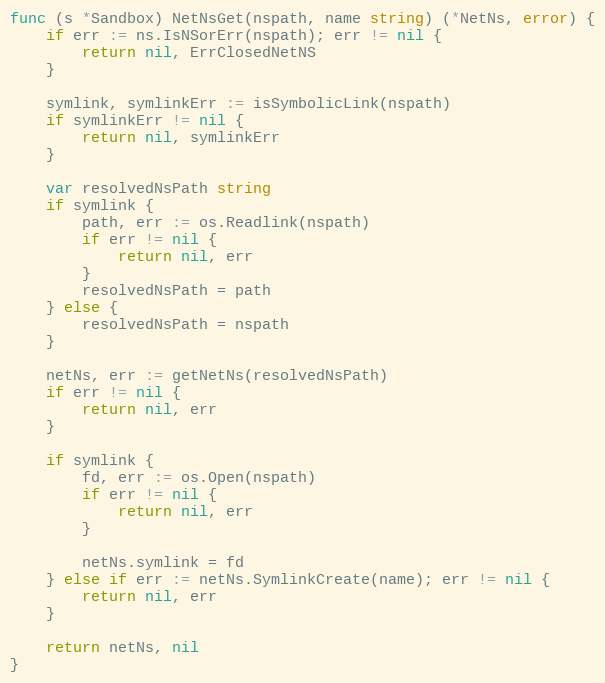
Language: Go
func (s *Sandbox) NetNsGet(nspath, name string) (*NetNs, error) {
	if err := ns.IsNSorErr(nspath); err != nil {
		return nil, ErrClosedNetNS
	}

	symlink, symlinkErr := isSymbolicLink(nspath)
	if symlinkErr != nil {
		return nil, symlinkErr
	}

	var resolvedNsPath string
	if symlink {
		path, err := os.Readlink(nspath)
		if err != nil {
			return nil, err
		}
		resolvedNsPath = path
	} else {
		resolvedNsPath = nspath
	}

	netNs, err := getNetNs(resolvedNsPath)
	if err != nil {
		return nil, err
	}

	if symlink {
		fd, err := os.Open(nspath)
		if err != nil {
			return nil, err
		}

		netNs.symlink = fd
	} else if err := netNs.SymlinkCreate(name); err != nil {
		return nil, err
	}

	return netNs, nil
}